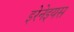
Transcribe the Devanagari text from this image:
इरेनेइयस